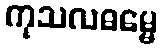
ကုသလဓမ္မေ